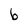
Character: b